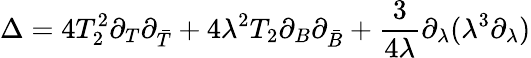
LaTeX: \Delta=4T_{2}^{2}\partial_{T}\partial_{\bar{T}}+4\lambda^{2}T_{2}\partial_{B}\partial_{\bar{B}}+\frac{3}{4\lambda}\partial_{\lambda}(\lambda^{3}\partial_{\lambda})